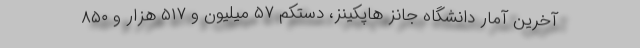
آخرین آمار دانشگاه جانز هاپکینز، دستکم ۵۷ میلیون و ۵۱۷ هزار و ۸۵۰